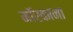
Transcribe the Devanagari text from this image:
मॉरकाना